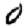
Digit: 0